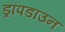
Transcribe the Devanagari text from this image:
ड्रॉपडाउन